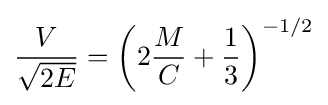
{\frac {V}{\sqrt {2E}}}=\left(2{\frac {M}{C}}+{\frac {1}{3}}\right)^{-1/2}